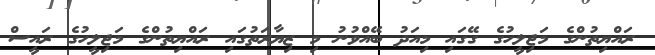
ރައްޔިތުންގެ މަޖިލީހުގެ ގޭގައި މިއަދު ބޭއްވުނު މި ޒިޔާރަތުގައި ރައްޔިތުންގެ މަޖިލީހުގެ ރައީސް